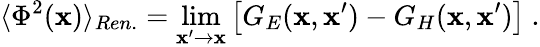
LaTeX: \langle\Phi^{2}(\mathbf{x})\rangle_{Ren.}=\operatorname*{lim}_{\mathbf{x}^{\prime}\to\mathbf{x}}\left[G_{E}(\mathbf{x},\mathbf{x}^{\prime})-G_{H}(\mathbf{x},\mathbf{x}^{\prime})\right]\ .